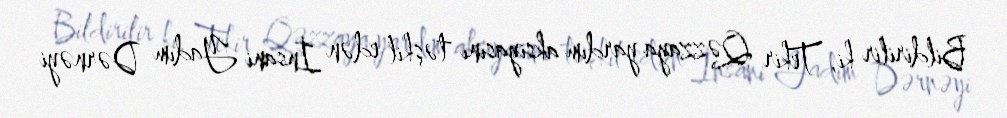
Bildirilir ki, Tekir Qəzzaya yardım aksiyasını təşkil edən İnsani Yadım Dərnəyi